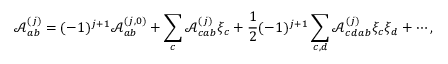
\mathcal { A } _ { a b } ^ { ( j ) } = ( - 1 ) ^ { j + 1 } \mathcal { A } _ { a b } ^ { ( j , 0 ) } + \sum _ { c } \mathcal { A } _ { c a b } ^ { ( j ) } \xi _ { c } + \frac { 1 } { 2 } ( - 1 ) ^ { j + 1 } \sum _ { c , d } \mathcal { A } _ { c d a b } ^ { ( j ) } \xi _ { c } \xi _ { d } + \cdots ,